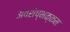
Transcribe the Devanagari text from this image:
अवशेष्भक्कम